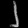
Digit: ၂